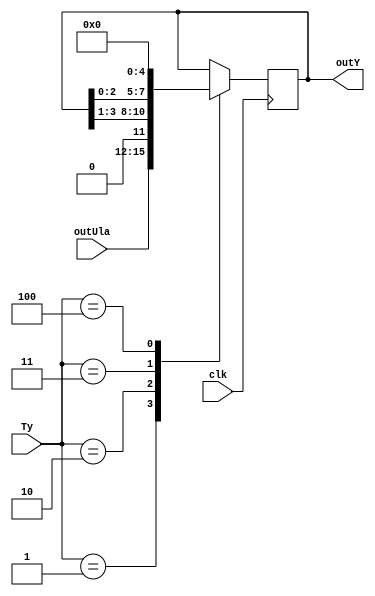
module registerY(outUla, clk, Ty, outY);
	input wire [3:0] outUla;
	input wire clk;
	input wire [3:0] Ty;
	output reg [3:0] outY;

	parameter
	HOLD = 3'b000,
	LOAD = 3'b001,
	SHIFTR = 3'b010,
	SHIFTL = 3'b011,
	CLEAR = 3'b100;
	
	always @ (negedge clk) begin
		case (Ty)
			LOAD: outY <= outUla;            // Carrega o valor
			SHIFTR: outY <= (outY >> 1);   // Divide o valor por 2
			SHIFTL: outY <= (outY << 1);   // Multiplica por 2
			CLEAR: outY <= 4'b0000;     // Zera o valor
		endcase
	end
endmodule